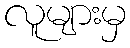
လူများမှ